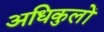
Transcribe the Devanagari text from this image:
अधिकुलों